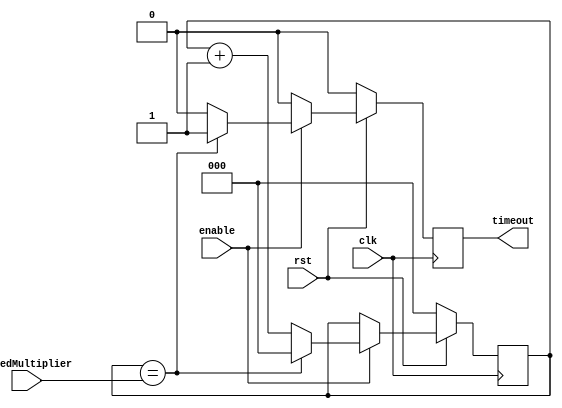
module timerMultiplier(timeout, speedMultiplier, enable, rst, clk);
input clk, rst, enable;
input [1:0] speedMultiplier;
output timeout;
reg timeout;
reg [2:0] count;

always@(posedge clk) begin
	if(rst==0) begin
		count<=0;
		timeout<=0;
	end
	else begin
		if(enable==0) begin
			timeout<=0;
		end
		else begin
			if(count==speedMultiplier) begin
				timeout<=1;
				count<=0;
			end
			else begin
				count<=count+1;
				timeout<=0;
			end
		end
	end
end

endmodule